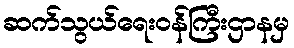
ဆက်သွယ်ရေးဝန်ကြီးဌာနမှ